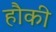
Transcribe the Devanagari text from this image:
हौकी